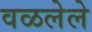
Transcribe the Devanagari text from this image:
वळलेले